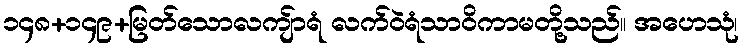
၁၄၈+၁၄၉+မြတ်သောလကျ်ာရံ လက်ဝဲရံသာဝိကာမတို့သည်။ အဟေသုံ၊